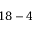
1 8 - 4